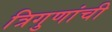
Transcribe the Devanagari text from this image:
त्रिगुणांची